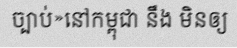
ច្បាប់»នៅកម្ពុជា នឹង មិនឲ្យ